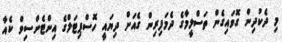
މި ދެކުދިން ގޮވައިގެން ތަސްލީމާގެ ދެމަފިރިން ގެއަށް ދިޔައީ ހޮސްޕިޓަލްގެ އިންޓެންސިވް ކެއާ